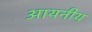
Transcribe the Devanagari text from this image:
आयनीय